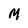
Character: M